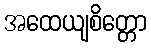
အထေယျစိတ္တော